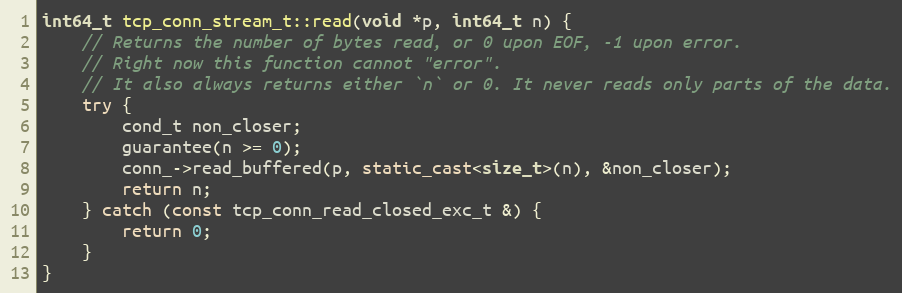
Language: C++
int64_t tcp_conn_stream_t::read(void *p, int64_t n) {
    // Returns the number of bytes read, or 0 upon EOF, -1 upon error.
    // Right now this function cannot "error".
    // It also always returns either `n` or 0. It never reads only parts of the data.
    try {
        cond_t non_closer;
        guarantee(n >= 0);
        conn_->read_buffered(p, static_cast<size_t>(n), &non_closer);
        return n;
    } catch (const tcp_conn_read_closed_exc_t &) {
        return 0;
    }
}